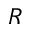
R